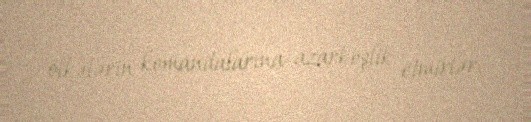
ölkələrin komandalarına azarkeşlik etmirlər.